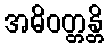
အဓိဝတ္တန္တိ